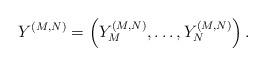
LaTeX: \begin{align*}Y^{(M, N)} = \left(Y_M^{(M, N)}, \ldots, Y_N^{(M, N)}\right).\end{align*}